Insane asylums Bombay 1873-77 - 1873-1877
Year: 1873
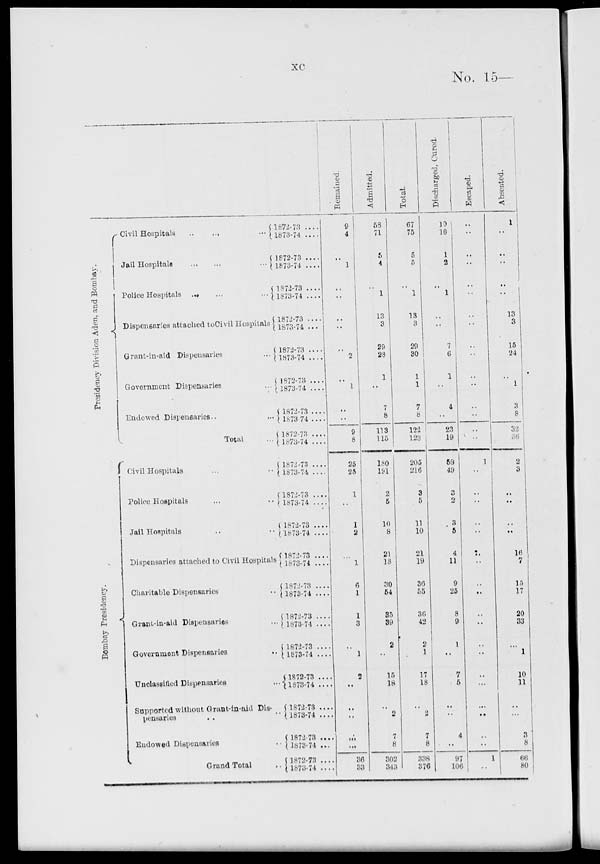
xc
No. 15—
Presidency Division Aden, and Bombay.
Bombay Presidency.
Civil Hospitals .. .. ..
Jail Hospitals
..
..
..
Police Hospitals .. .. ..
Dispensaries attached to Civil Hospitals
Grant-in-aid Dispensaries ..
Government Dispensaries ..
Endowed Dispensaries .. ..
Total ..
Civil Hospitals .. ..
Police Hospitals .. ..
Jail Hospitals .. ..
Dispensaries attached to Civil Hospitals
Charitable Dispensaries ..
Grant-in-aid Dispensaries ..
Government Dispensaries ..
Unclassified Dispensaries ..
Supported without Grant-in-aid Dis-
pensaries .. ..
Endowed Dispensaries ..
Grand Total ..
1872-73 ....
1873-74 ....
1872-73 ....
1873-74 ....
1872-73 ....
1873-74 ....
1872-73 ....
1873-74 ....
1872-73 ....
1873-74 ....
1872-73 ....
1873-74 ....
1872-73 ....
1873-74 ....
1872-73 ....
1873-74 ....
1872-73 ....
1873-74 ....
1872-73 ....
1873-74 ....
1872-73 ....
1873-74 ....
1872-73 ....
1873-74 ....
1872-73 ....
1873-74 ....
1872-73 ....
1873-74 ....
1872-73 ....
1873-71 ....
1872-73 ....
1873-74 ....
1872-73 ....
1873-74 ....
1872-73 ....
1873-74
....
1872-73 ....
1873-74 ....
Remained.
9
4
1
..
..
..
..
..
2
..
1
..
..
9
8
25
25
1
..
1
2
..
1
6
1
1
3
..
1
2
..
..
..
..
..
36
33
Admitted.
58
71
5
4
..
1
13
3
29
28
1
..
7
8
113
115
180
191
2
5
10
8
21
18
30
54
35
39
2
..
15
18
..
2
7
8
302
343
Total.
67
75
5
5
..
1
13
3
29
30
1
1
7
8
122
123
205
216
3
5
11
10
21
19
30
55
36
42
2
1
17
18
..
2
7
8
338
376
Discharged, Cured.
10
10
1
2
..
1
..
..
7
6
1
..
4
..
23
19
58
49
..
2
3
5
4
11
9
25
8
9
1
..
7
5
..
..
4
..
97
106
Escaped.
..
..
..
..
..
..
..
..
..
..
..
..
..
..
..
..
1
..
..
..
..
..
..
..
..
..
..
..
..
..
..
..
..
..
..
..
1
..
Absented.
1
..
..
..
..
..
13
3
15
24
..
1
3
8
32
36
2
3
..
..
..
..
16
7
15
17
20
33
..
1
10
11
..
..
3
8
66
80